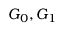
G _ { 0 } , G _ { 1 }